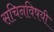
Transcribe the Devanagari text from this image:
सचिनविषयी